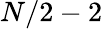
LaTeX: N/2-2